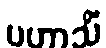
ပဟာသိံ